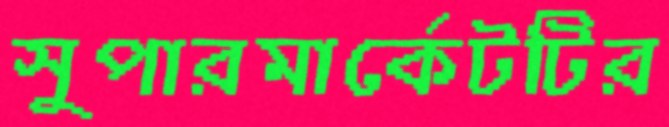
সুপারমার্কেটটির